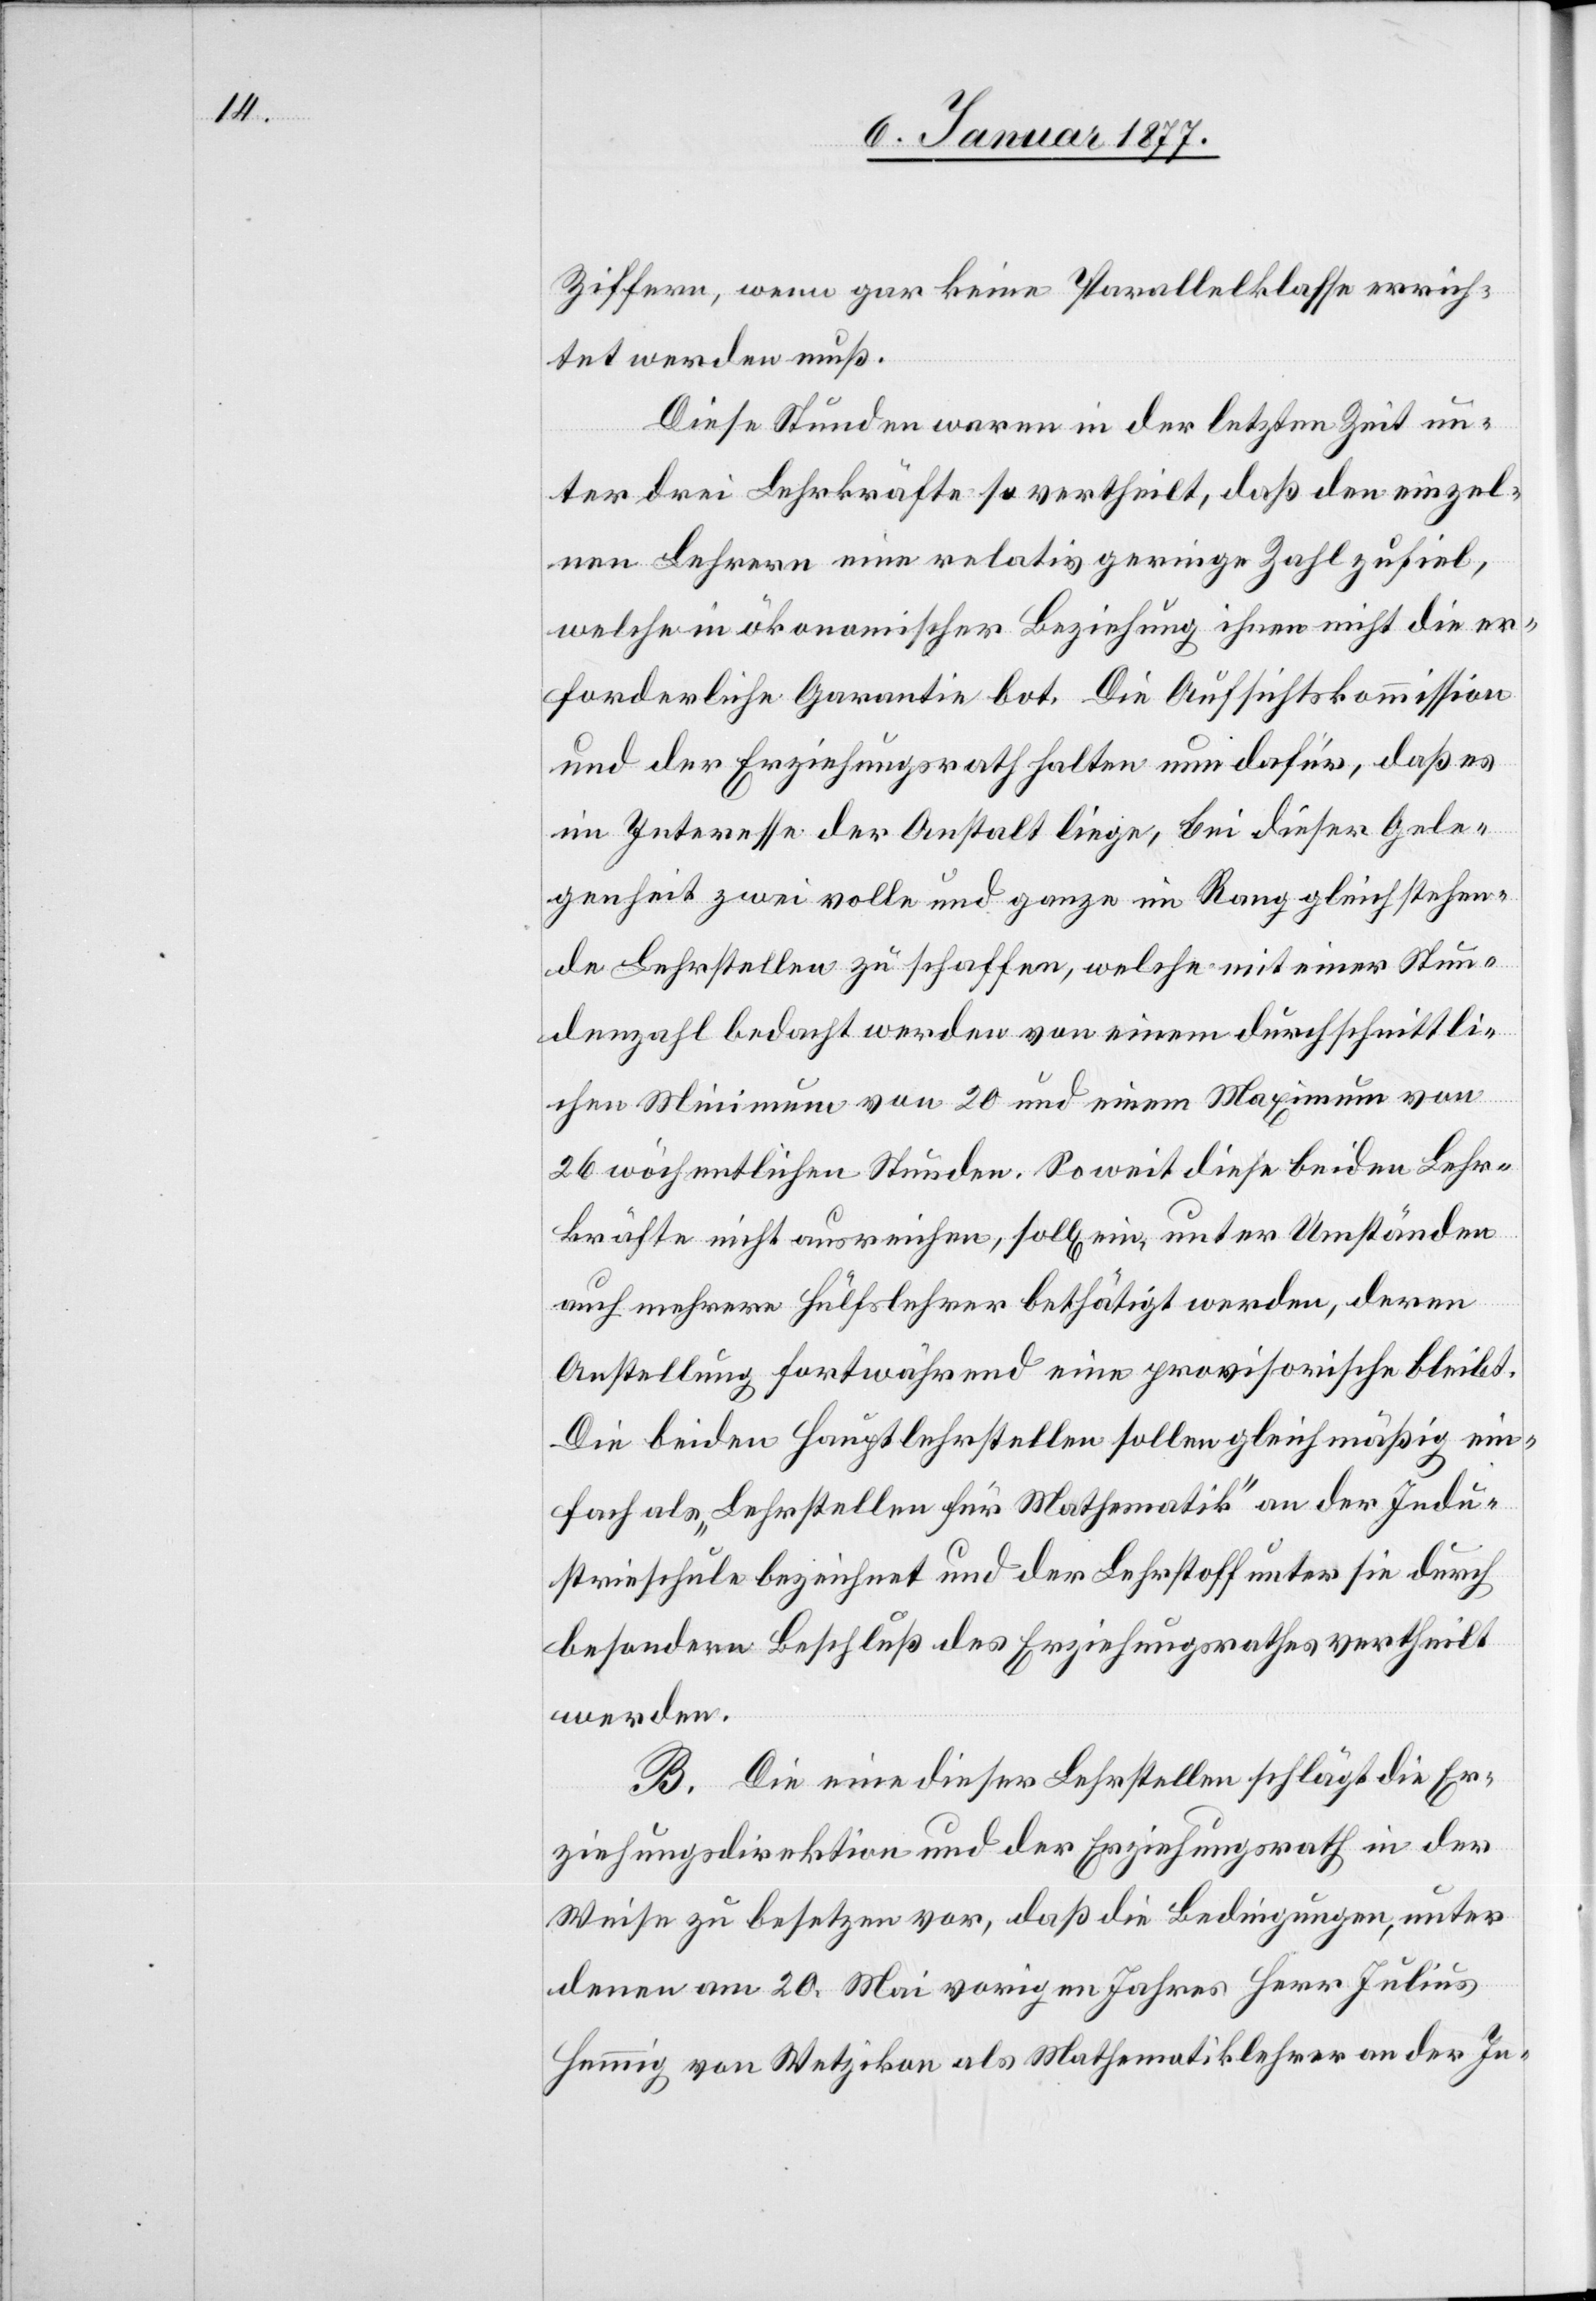
Ziffern, wenn gar keine Parallelklasse errich¬
tet werden muß.
Diese Stunden waren in der letzten Zeit un¬
ter drei Lehrkräfte so vertheilt, daß den einzel¬
nen Lehrern eine relativ geringe Zahl zufiel,
welche in ökonomischer Beziehung ihnen nicht die er¬
forderliche Garantie bot. Die Aufsichtskommission
und der Erziehungsrath halten nun dafür, daß es
im Interesse der Anstalt liege, bei dieser Gele¬
genheit zwei volle und ganze im Rang gleich stehen¬
de Lehrstellen zu schaffen, welche mit einer Stun¬
denzahl bedacht werden von einem durchschnittli¬
chen Minimum von 20 und einem Maximum von
26 wöchentlichen Stunden. Soweit diese beiden Lehr¬
kräfte nicht ausreichen, solle ein, unter Umständen
auch mehrere Hülfslehrer bethätigt werden, deren
Anstellung fortwährend eine provisorische bleibt.
Die beiden Hauptlehrstellen sollen gleichmäßig ein¬
fach als „Lehrstellen für Mathematik“ an der Indu¬
strieschule bezeichnet und der Lehrstoff unter sie durch
besondern Beschluß des Erziehungsrathes vertheilt
werden.
B. Die eine dieser Lehrstellen schlägt die Er¬
ziehungsdirektion und der Erziehungsrath in der
Weise zu besetzen vor, daß die Bedingungen, unter
denen am 20. Mai vorigen Jahres Herr Julius
Hemmig von Wetzikon als Mathematiklehrer an der In-